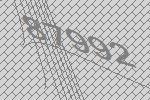
87992